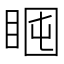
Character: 𥇈